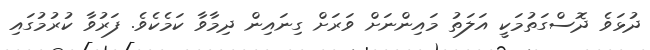
ދުޅަވެ ދޮސްގަތުމަކީ އަލަތު މައިންނަށް ވަރަށް ގިނައިން ދިމާވާ ކަމެކެވެ. ފަރުވާ ކުރުމުގައި